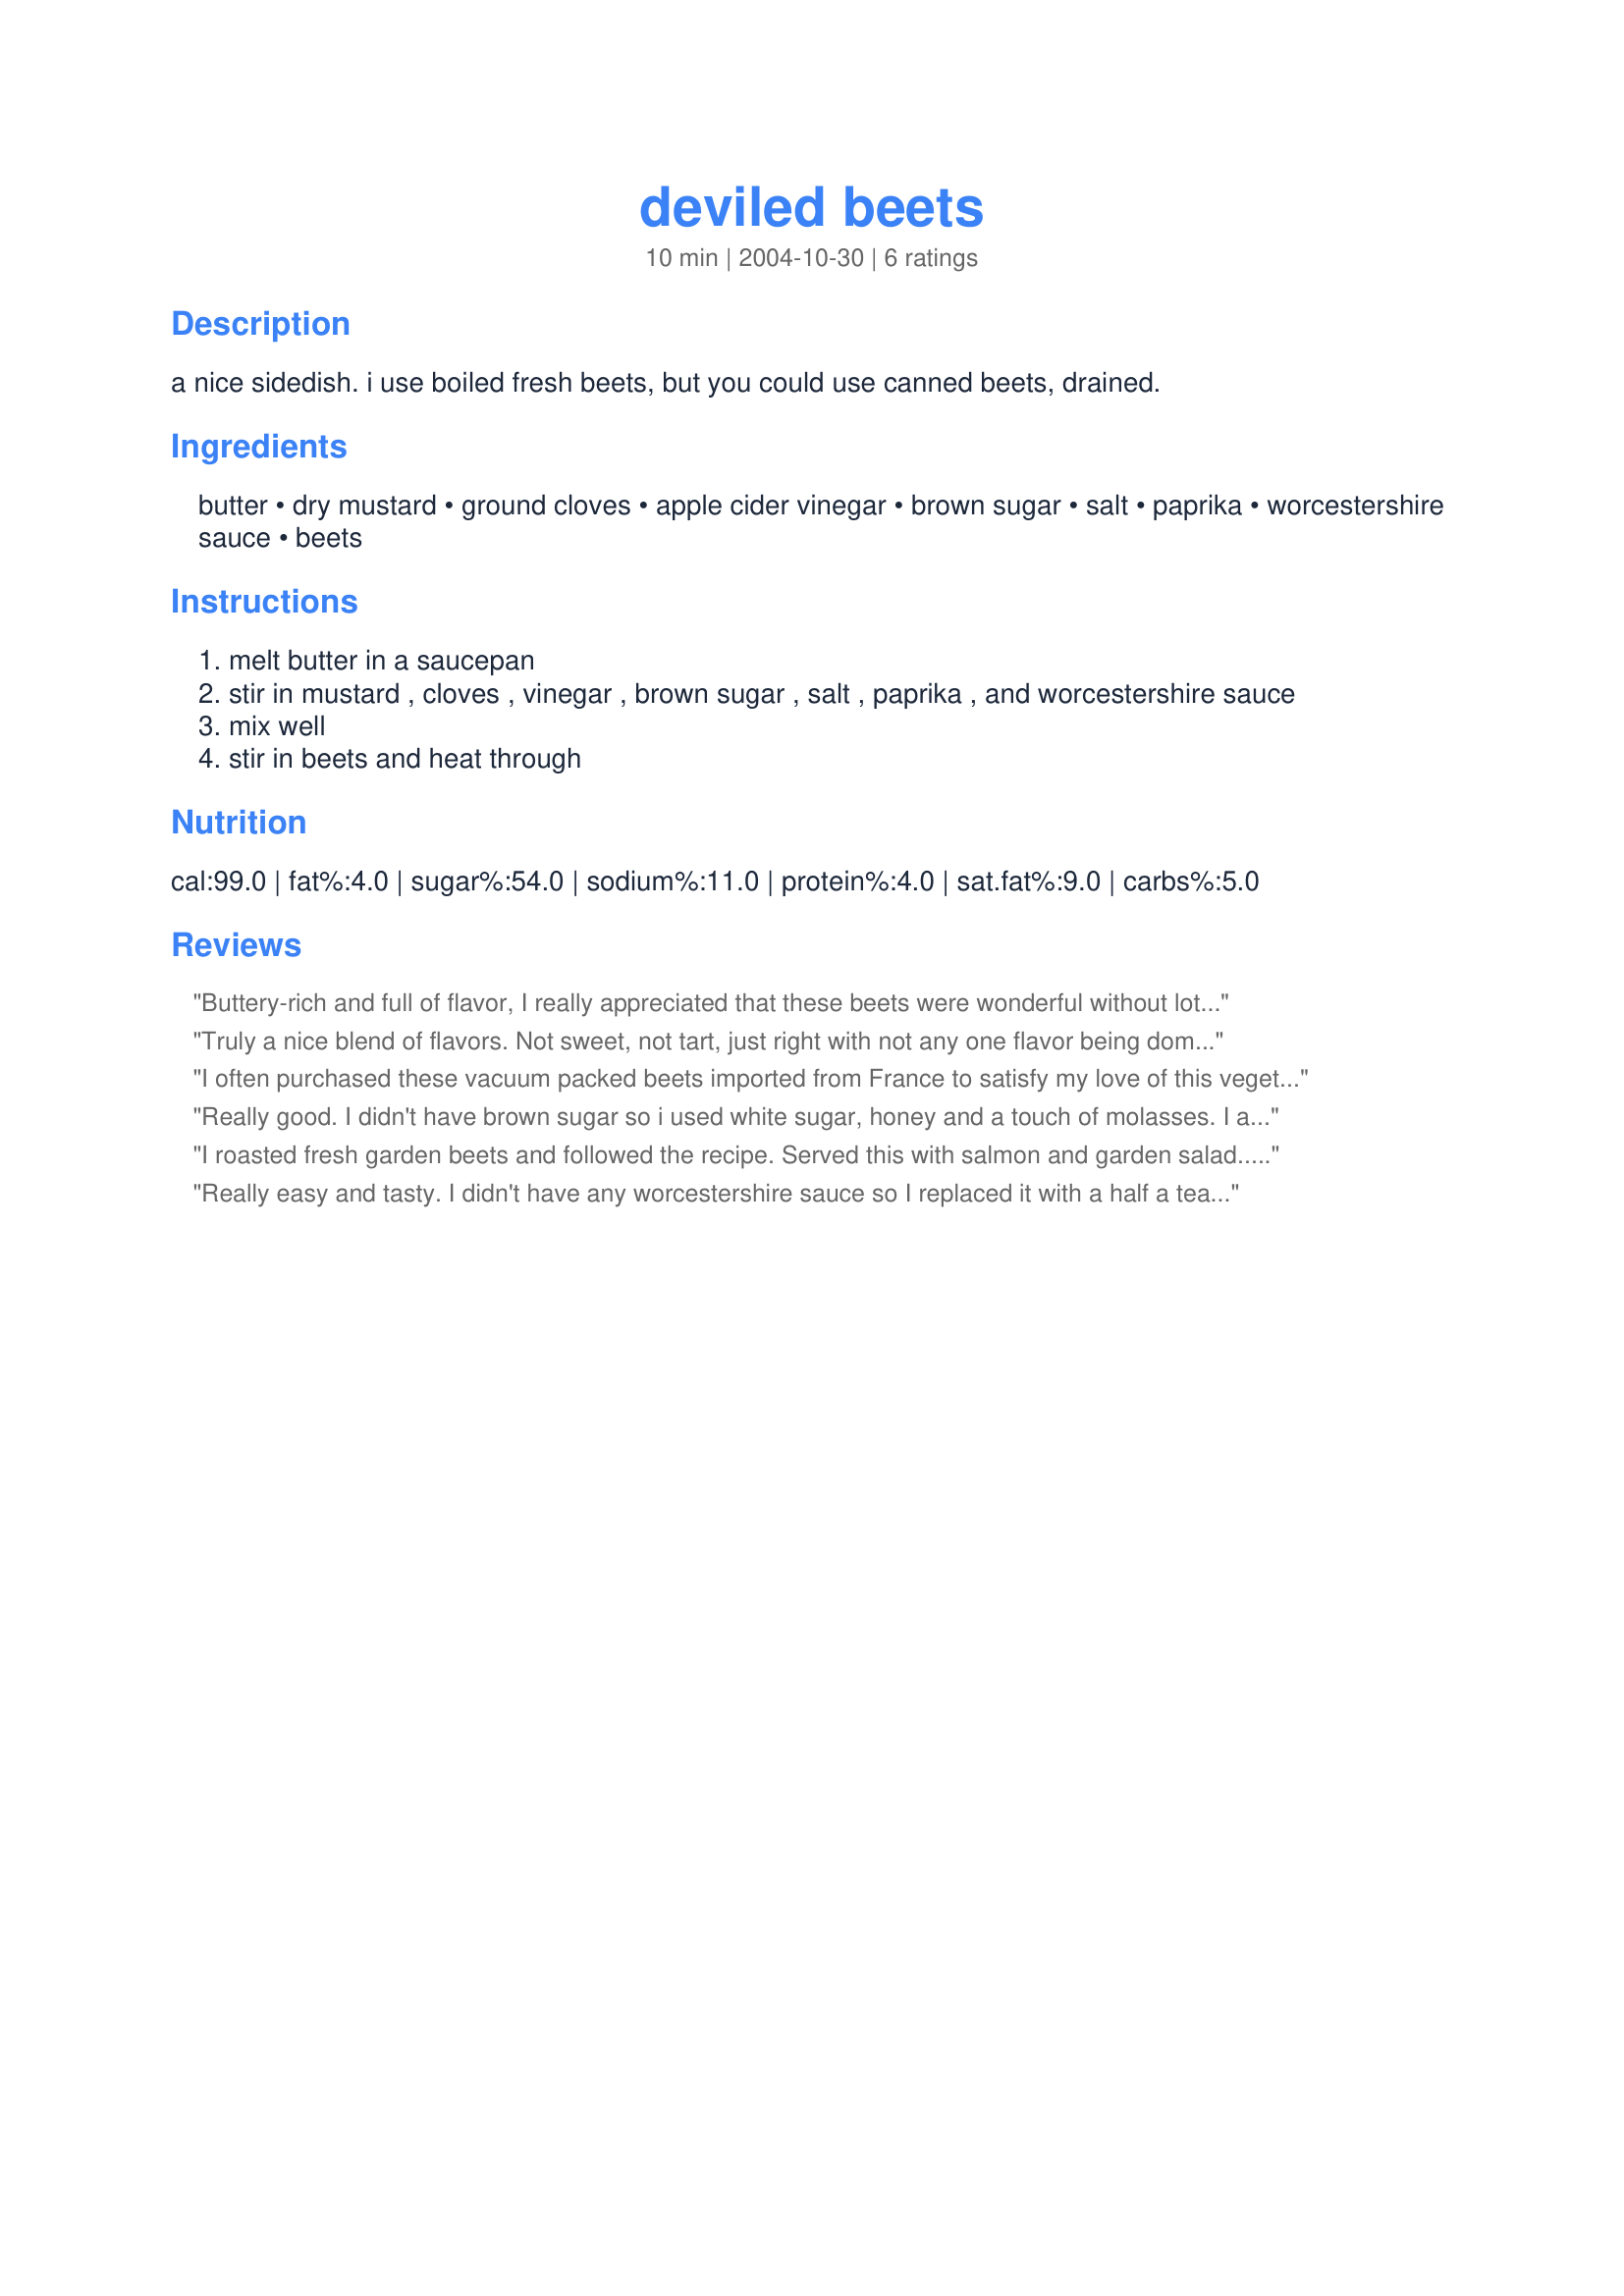
deviled beets
Preparation time: 10 minutes

a nice sidedish. i use boiled fresh beets, but you could use canned beets, drained.

Ingredients:
butter, dry mustard, ground cloves, apple cider vinegar, brown sugar, salt, paprika, worcestershire sauce, beets

Steps:
melt butter in a saucepan
stir in mustard , cloves , vinegar , brown sugar , salt , paprika , and worcestershire sauce
mix well
stir in beets and heat through

Reviews:
Buttery-rich and full of flavor, I really appreciated that these beets were wonderful without lots of sugar. I used baked,sliced beets-I don't think it makes a bit of difference.
Truly a nice blend of flavors. Not sweet, not tart, just right with not any one flavor being dominant. Thank you for the great recipe.
I often purchased these vacuum packed beets imported from France to satisfy my love of this vegetable. These were a wonderful way to brighten the beets up and make them special. Watching my saturated fats, so I subbed the butter for olive oil. Though they glazed as expected it did not have the buttery flavor that sugarpea referred to. Not a problem for me, but thought others should know. Thanks MaeEast for a great recipe that I'll be keeping in my arsenal.
Really good. I didn't have brown sugar so i used white sugar, honey and a touch of molasses. I also didn't use cloves ( I dont like the taste of them). This dish was delicious and easy to make-I will make again! Thanks Mae.
I roasted fresh garden beets and followed the recipe. Served this with salmon and garden salad...nice light meal on a hot mid-western day!
Really easy and tasty. I didn't have any worcestershire sauce so I replaced it with a half a teaspon of Bragg's Liquid Aminos and it still turned out good. Yum.
